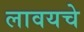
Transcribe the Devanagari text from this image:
लावयचे